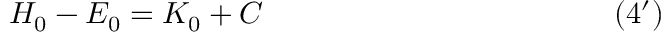
H _ { 0 } - E _ { 0 } = K _ { 0 } + C \eqno ( 4 ^ { \prime } )